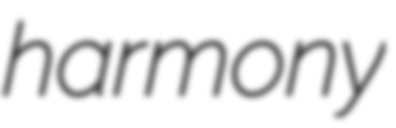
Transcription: harmony